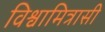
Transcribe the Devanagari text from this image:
विश्वामित्रासी